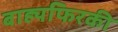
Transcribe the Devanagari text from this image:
बाह्यफिरकी